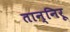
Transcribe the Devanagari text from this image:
तान्निरू